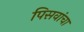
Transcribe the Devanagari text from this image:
पिसवांचा